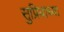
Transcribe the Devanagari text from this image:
सुप्रियाच्या